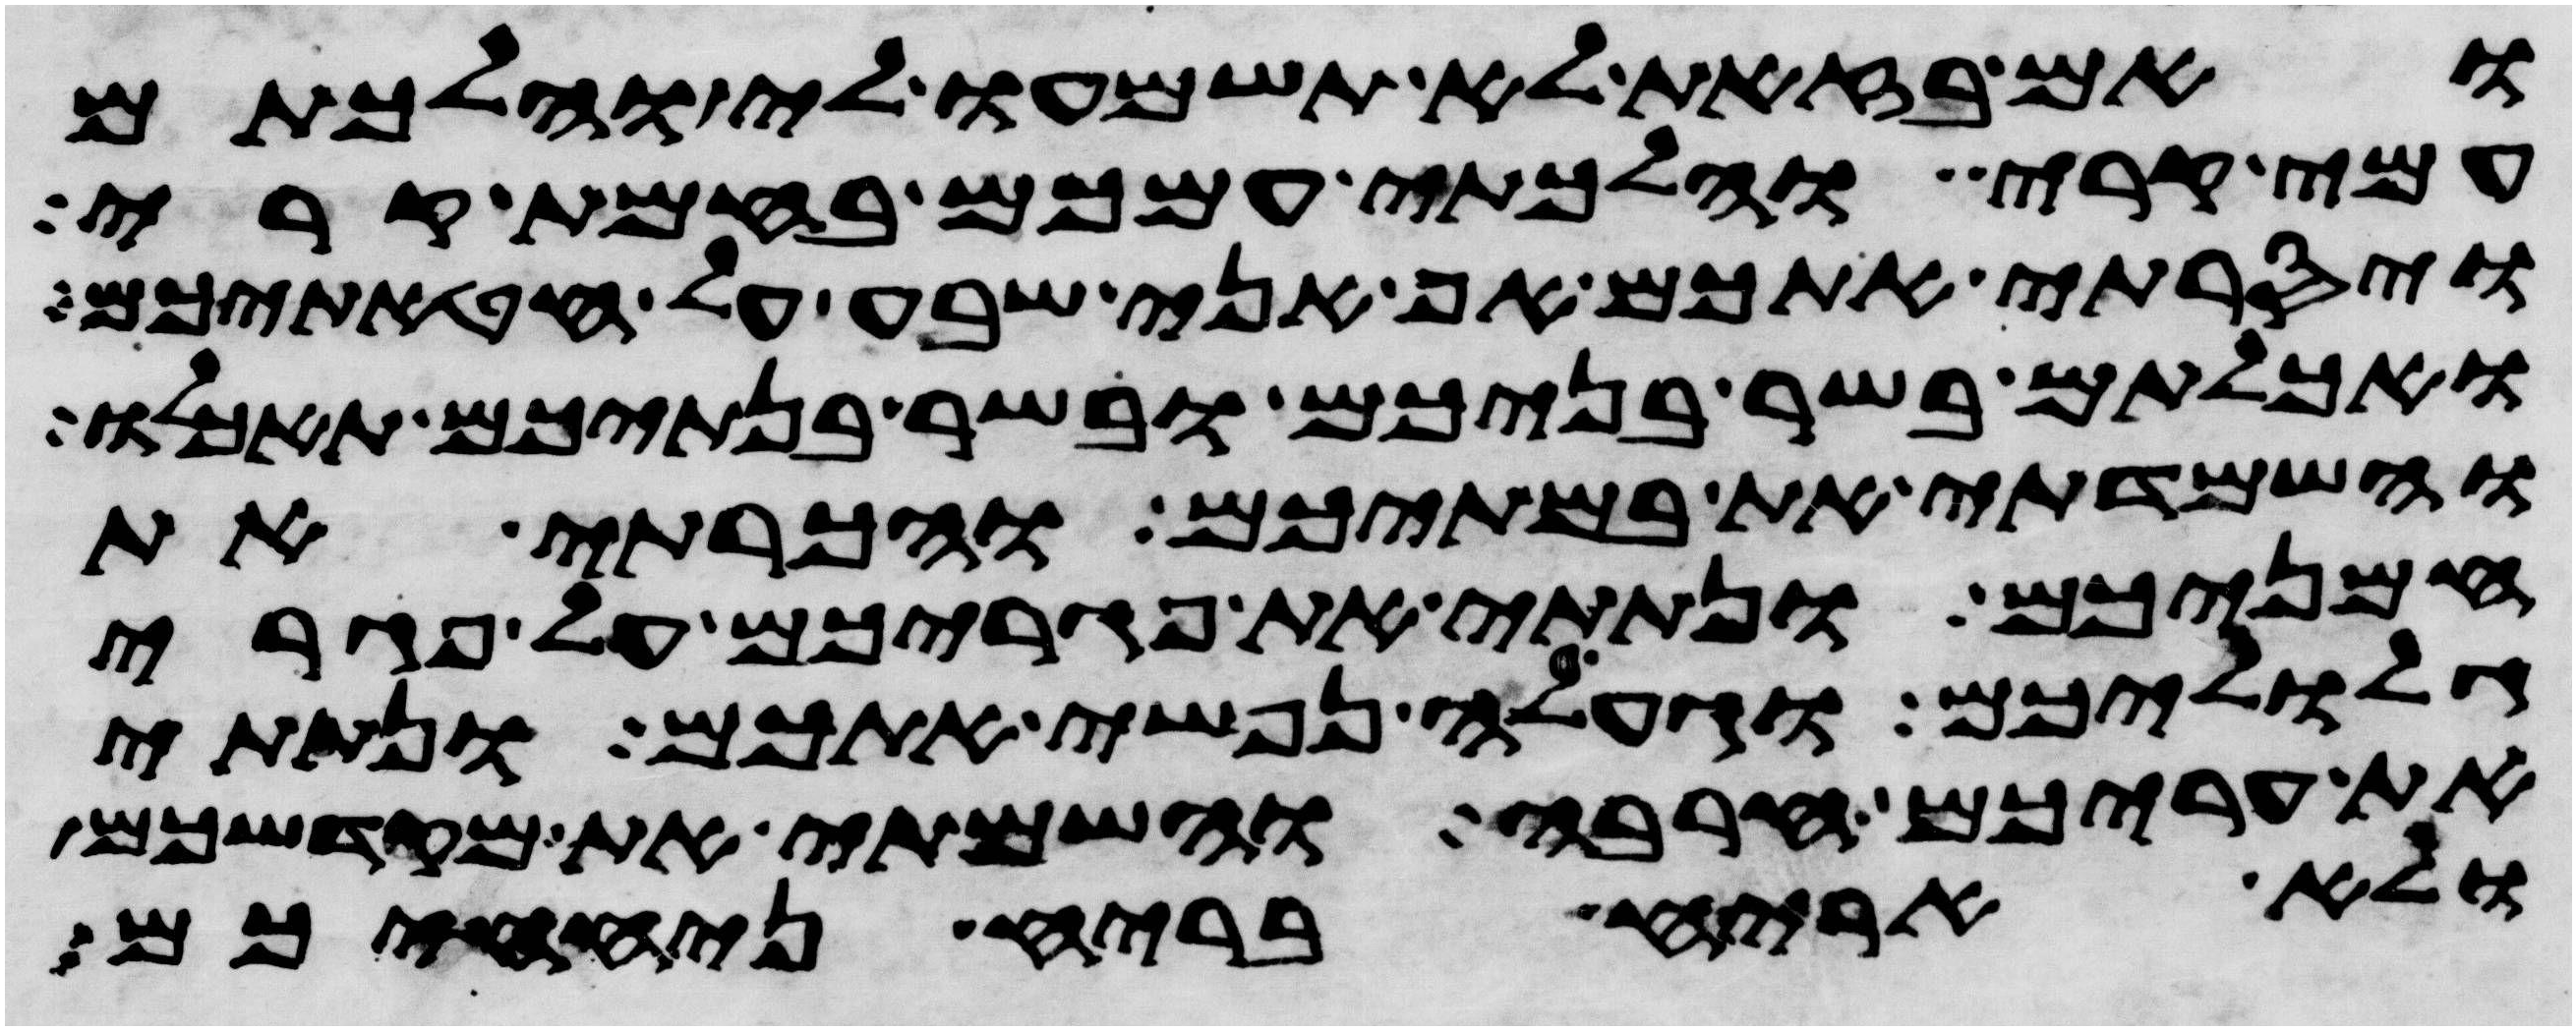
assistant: ואם בזאת לא תשמעו לי והלכתם
עמי קרי והלכתי עמכם בחמת קרי
ויסרתי אתכם אף אני שבע על חטאתיכם
ואכלתם בשר בניכם ובשר בנתיכם תאכלו
והשמדתי את במתיכם והכרתי את
חמניכם ונתתי את פגריכם על פגרי
גלוליכם וגעלה נפשי אתכם ונתתי
את עריכם חרבה והשמתי את מקדשכם
ולא אריח בריח ניחחכם